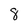
Character: 8